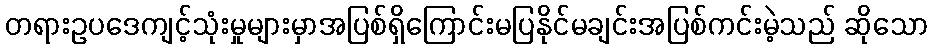
တရားဥပဒေကျင့်သုံးမှုများမှာအပြစ်ရှိကြောင်းမပြနိုင်မချင်းအပြစ်ကင်းမဲ့သည် ဆိုသော